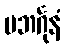
ပဘင်္ဂုနံ